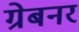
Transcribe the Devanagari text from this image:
ग्रेबनर